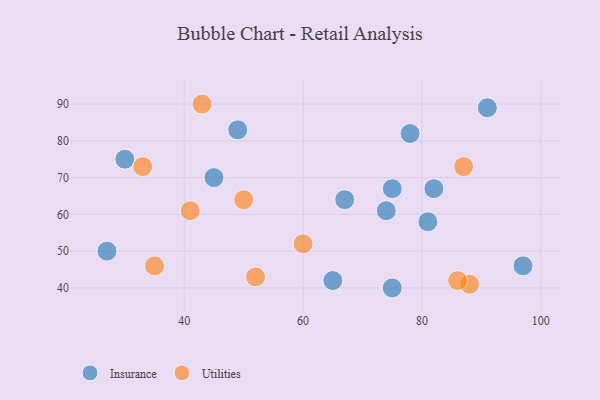
{"axis": {"x": "GDP", "y": "Life Expectancy"}, "legend": ["Insurance", "Utilities"], "data": [{"x": "74", "y": 61, "type": "Insurance"}, {"x": "75", "y": 67, "type": "Insurance"}, {"x": "45", "y": 70, "type": "Insurance"}, {"x": "81", "y": 58, "type": "Insurance"}, {"x": "30", "y": 75, "type": "Insurance"}, {"x": "67", "y": 64, "type": "Insurance"}, {"x": "75", "y": 40, "type": "Insurance"}, {"x": "82", "y": 67, "type": "Insurance"}, {"x": "97", "y": 46, "type": "Insurance"}, {"x": "65", "y": 42, "type": "Insurance"}, {"x": "91", "y": 89, "type": "Insurance"}, {"x": "27", "y": 50, "type": "Insurance"}, {"x": "49", "y": 83, "type": "Insurance"}, {"x": "78", "y": 82, "type": "Insurance"}, {"x": "52", "y": 43, "type": "Utilities"}, {"x": "35", "y": 46, "type": "Utilities"}, {"x": "88", "y": 41, "type": "Utilities"}, {"x": "60", "y": 52, "type": "Utilities"}, {"x": "86", "y": 42, "type": "Utilities"}, {"x": "43", "y": 90, "type": "Utilities"}, {"x": "33", "y": 73, "type": "Utilities"}, {"x": "87", "y": 73, "type": "Utilities"}, {"x": "50", "y": 64, "type": "Utilities"}, {"x": "41", "y": 61, "type": "Utilities"}]}